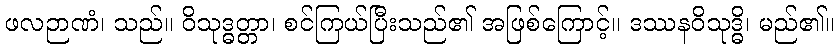
ဖလဉာဏံ၊ သည်။ ဝိသုဒ္ဓတ္တာ၊ စင်ကြယ်ပြီးသည်၏ အဖြစ်ကြောင့်။ ဒဿနဝိသုဒ္ဓိ၊ မည်၏။